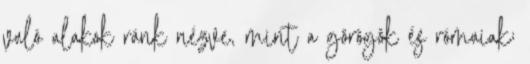
való alakok ránk nézve, mint a görögök és rómaiak;